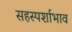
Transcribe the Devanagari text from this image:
सहस्पर्शाभाव